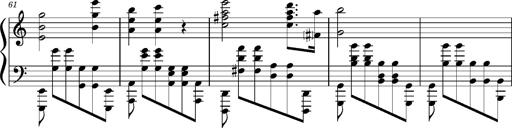
Title: PrÃ©ludes et Harmonies poÃ©tiques et religieuses
Composer: Franz Liszt